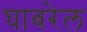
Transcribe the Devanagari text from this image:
घाबरेल